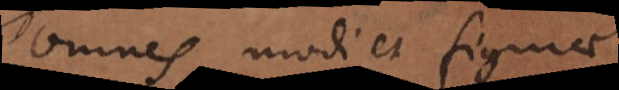
omnes modi et figurae